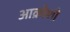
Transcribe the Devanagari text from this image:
आक्रोशी